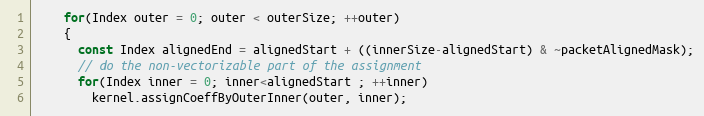
Language: C
    for(Index outer = 0; outer < outerSize; ++outer)
    {
      const Index alignedEnd = alignedStart + ((innerSize-alignedStart) & ~packetAlignedMask);
      // do the non-vectorizable part of the assignment
      for(Index inner = 0; inner<alignedStart ; ++inner)
        kernel.assignCoeffByOuterInner(outer, inner);